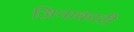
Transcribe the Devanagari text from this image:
ज़िनाकारी